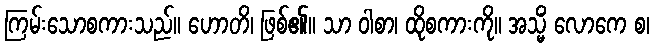
ကြမ်းသောစကားသည်။ ဟောတိ၊ ဖြစ်၏။ သာ ဝါစာ၊ ထိုစကားကို။ အသ္မိံ လောကေ စ၊